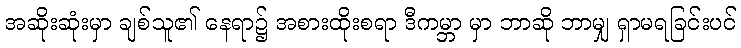
အဆိုးဆုံးမှာ ချစ်သူ၏ နေရာ၌ အစားထိုးစရာ ဒီကမ္ဘာ မှာ ဘာဆို ဘာမျှ ရှာမရခြင်းပင်